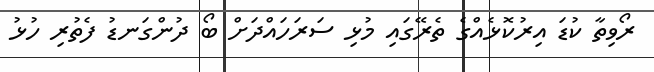
ރޯވިތާ ކުޑަ އިރުކޮޅެއްގެ ތެރޭގައި މުޅި ސަރަހައްދަށް ބޯ ދުންގަނޑު ފެތުރި ހުޅު